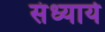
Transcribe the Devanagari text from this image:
संध्याये